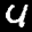
Label: 4